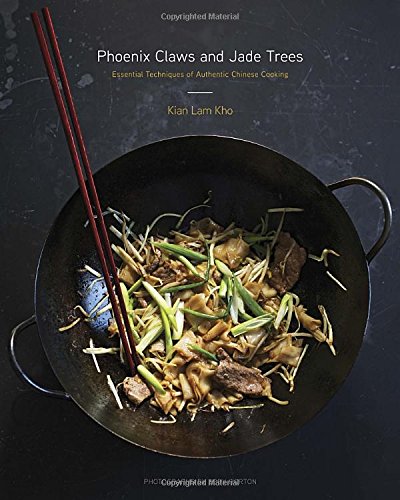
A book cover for Phoenix Claws and Jade Trees: Essential Techniques of Authentic Chinese Cooking; Kian Lam Kho; Cookbooks, Food & Wine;